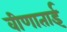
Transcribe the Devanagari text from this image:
वीणाताई